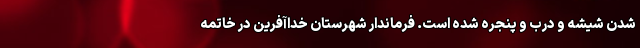
شدن شیشه و درب و پنجره شده است. فرماندار شهرستان خداآفرین در خاتمه